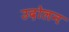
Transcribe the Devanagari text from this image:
उदोलन